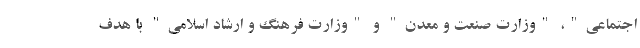
اجتماعی"، "وزارت صنعت و معدن" و "وزارت فرهنگ و ارشاد اسلامی" با هدف